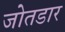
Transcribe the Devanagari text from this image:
जोतडार